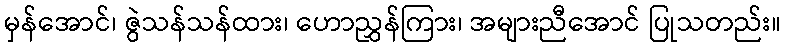
မှန်အောင်၊ ဇွဲသန်သန်ထား၊ ဟောညွှန်ကြား၊ အများညီအောင် ပြုသတည်း။